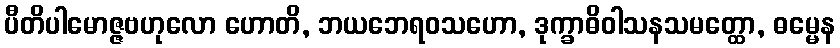
ပီတိပါမောဇ္ဇဗဟုလော ဟောတိ, ဘယဘေရဝသဟော, ဒုက္ခာဓိဝါသနသမတ္ထော, ဓမ္မေန